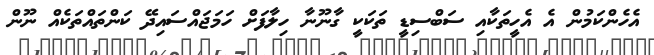
އެހެންކަމުން އެ އެހީތަކާއި ސަބްސިޑީ ތަކަކީ ގާނޫނާ ހިލާފަށް ހަމަޖައްސައިދޭ ކަންތައްތަކެއް ނޫން